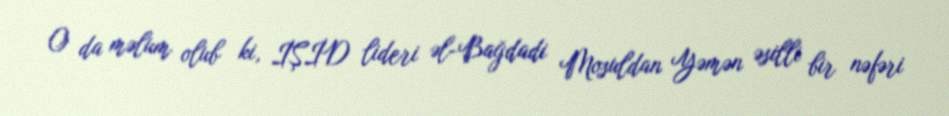
O da məlum olub ki, İŞİD lideri əl-Bağdadi Mosuldan Yəmən əsilli bir nəfəri